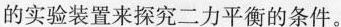
的实验装置来探究二力平衡的条件。